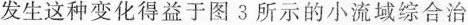
发生这种变化得益于图3所示的小流域综合治